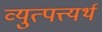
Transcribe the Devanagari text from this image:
व्युत्पत्त्यर्थ